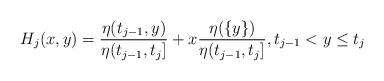
LaTeX: \begin{align*} H_j(x,y)= \frac{\eta(t_{j-1},y)}{\eta(t_{j-1},t_j]}+x \frac{\eta(\{y\})}{\eta(t_{j-1},t_j]},t_{j-1}<y \le t_j \end{align*}